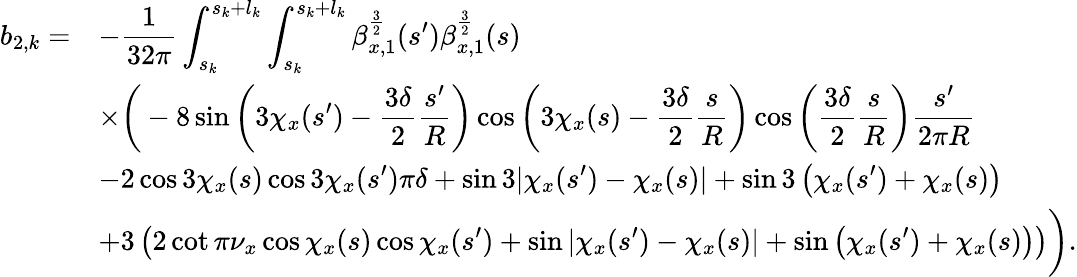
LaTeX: \begin{array}{cl}{\displaystyle b_{2,k}=}&{\displaystyle-\frac{1}{32\pi}\int_{s_{k}}^{s_{k}+l_{k}}{\int_{s_{k}}^{s_{k}+l_{k}}{\beta_{x,1}^{\frac{3}{2}}(s^{\prime})\beta_{x,1}^{\frac{3}{2}}(s)}}}\\ &{\displaystyle\times\biggr(-8\sin{\left(3\chi_{x}(s^{\prime})-\frac{3\delta}{2}\frac{s^{\prime}}{R}\right)}\cos{\left(3\chi_{x}(s)-\frac{3\delta}{2}\frac{s}{R}\right)}\cos{\left(\frac{3\delta}{2}\frac{s}{R}\right)}\frac{s^{\prime}}{2\pi R}}\\ &{\displaystyle-2\cos{3\chi_{x}(s)}\cos{3\chi_{x}(s^{\prime})}\pi\delta+\sin{3|\chi_{x}(s^{\prime})-\chi_{x}(s)|}+\sin{3\left(\chi_{x}(s^{\prime})+\chi_{x}(s)\right)}}\\ &{\displaystyle+3\left(2\cot{\pi\nu_{x}}\cos{\chi_{x}(s)}\cos{\chi_{x}(s^{\prime})}+\sin{|\chi_{x}(s^{\prime})-\chi_{x}(s)|}+\sin{\left(\chi_{x}(s^{\prime})+\chi_{x}(s)\right)}\right)\biggr).}\end{array}